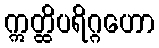
ဣတ္ထိပရိဂ္ဂဟော